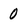
Character: 0